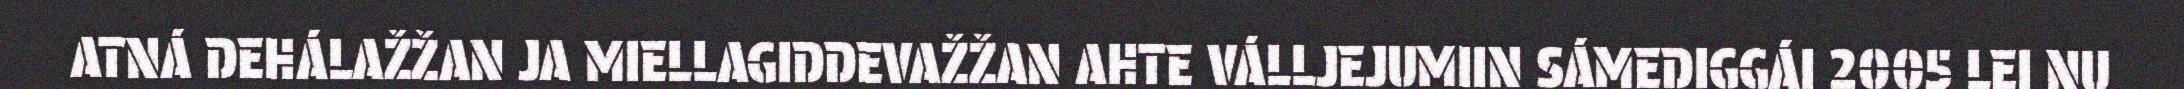
ATNÁ DEHÁLAŽŽAN JA MIELLAGIDDEVAŽŽAN AHTE VÁLLJEJUMIIN SÁMEDIGGÁI 2005 LEI NU